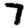
Digit: 7